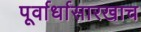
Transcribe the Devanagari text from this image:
पूर्वार्धासारखाच